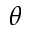
\theta